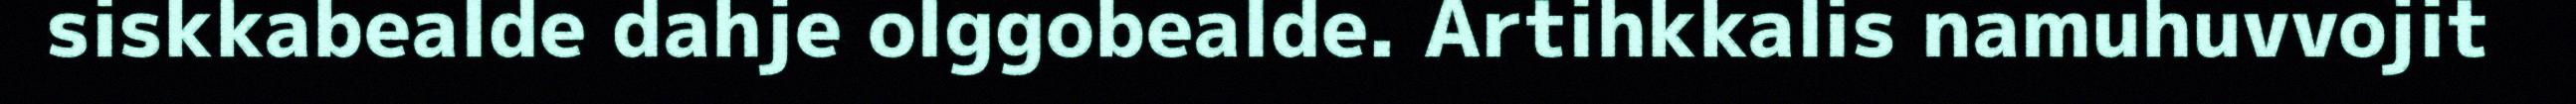
siskkabealde dahje olggobealde. Artihkkalis namuhuvvojit